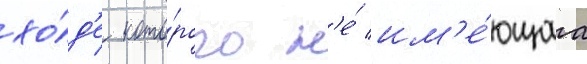
хо́д'е кото́рого н'е́ им'е́ющаа